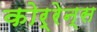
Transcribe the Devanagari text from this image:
कोर्रेन्स